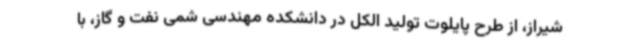
شیراز، از طرح پایلوت تولید الکل در دانشکده مهندسی شمی نفت و گاز، با